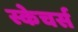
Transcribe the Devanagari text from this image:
स्केचर्स